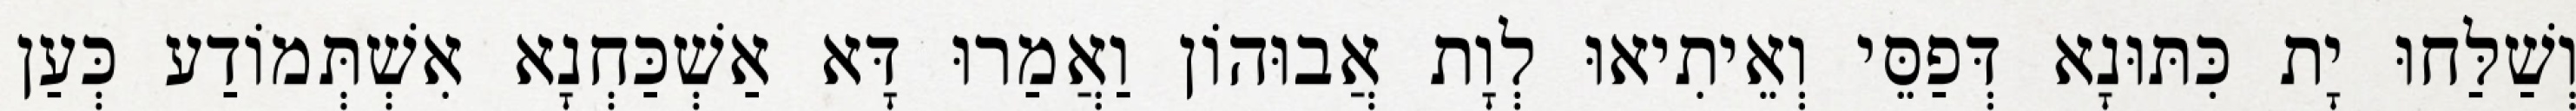
וְשַׁלַּחוּ יָת כִּתּוּנָא דְּפַסֵּי וְאֵיתִיאוּ לְוָת אֲבוּהוֹן וַאֲמַרוּ דָּא אַשְׁכַּחְנָא אִשְׁתְּמוֹדַע כְּעַן